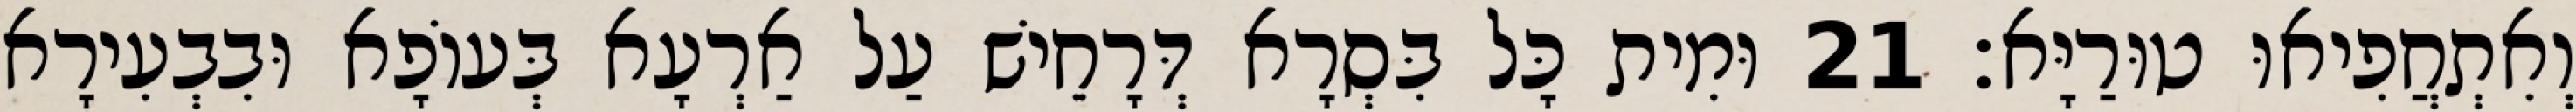
וְאִתְחֲפִיאוּ טוּרַיָּא׃ 21 וּמִית כָּל בִּסְרָא דְּרָחֵישׁ עַל אַרְעָא בְּעוֹפָא וּבִבְעִירָא